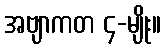
အဗျာကတ ၄-မျိုး။